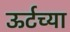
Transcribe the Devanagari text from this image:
ऊर्टच्या